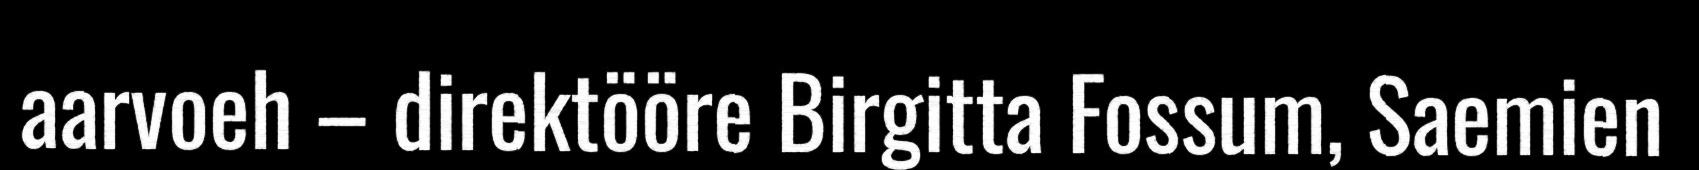
aarvoeh – direktööre Birgitta Fossum, Saemien